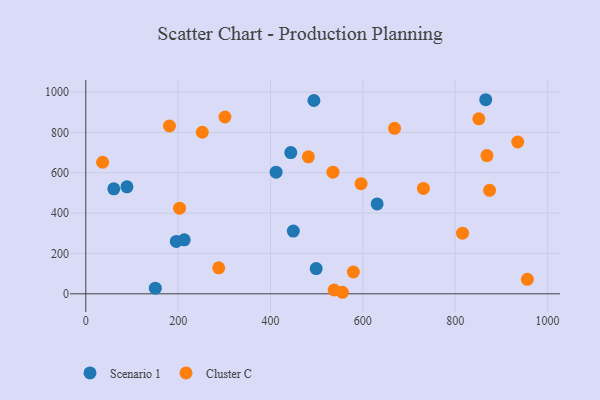
{"axis": {"x": "Study Hours", "y": "Exam Score"}, "legend": ["Cluster C", "Scenario 1"], "data": [{"x": "630.9", "y": 445.1, "type": "Scenario 1"}, {"x": "498.9", "y": 124.8, "type": "Scenario 1"}, {"x": "196.0", "y": 259.5, "type": "Scenario 1"}, {"x": "494.0", "y": 957.8, "type": "Scenario 1"}, {"x": "89.1", "y": 529.9, "type": "Scenario 1"}, {"x": "150.6", "y": 27.7, "type": "Scenario 1"}, {"x": "60.7", "y": 520.0, "type": "Scenario 1"}, {"x": "866.0", "y": 961.6, "type": "Scenario 1"}, {"x": "213.2", "y": 267.6, "type": "Scenario 1"}, {"x": "412.1", "y": 602.6, "type": "Scenario 1"}, {"x": "443.9", "y": 699.6, "type": "Scenario 1"}, {"x": "449.4", "y": 310.9, "type": "Scenario 1"}, {"x": "252.2", "y": 800.5, "type": "Cluster C"}, {"x": "868.7", "y": 685.0, "type": "Cluster C"}, {"x": "956.2", "y": 71.7, "type": "Cluster C"}, {"x": "874.3", "y": 512.9, "type": "Cluster C"}, {"x": "287.9", "y": 128.9, "type": "Cluster C"}, {"x": "537.8", "y": 18.9, "type": "Cluster C"}, {"x": "579.4", "y": 108.1, "type": "Cluster C"}, {"x": "596.1", "y": 545.7, "type": "Cluster C"}, {"x": "935.3", "y": 752.2, "type": "Cluster C"}, {"x": "731.1", "y": 522.0, "type": "Cluster C"}, {"x": "815.8", "y": 300.4, "type": "Cluster C"}, {"x": "181.2", "y": 831.4, "type": "Cluster C"}, {"x": "36.5", "y": 651.7, "type": "Cluster C"}, {"x": "851.1", "y": 867.0, "type": "Cluster C"}, {"x": "203.1", "y": 424.2, "type": "Cluster C"}, {"x": "555.8", "y": 7.6, "type": "Cluster C"}, {"x": "482.0", "y": 678.6, "type": "Cluster C"}, {"x": "668.6", "y": 820.1, "type": "Cluster C"}, {"x": "301.3", "y": 876.0, "type": "Cluster C"}, {"x": "535.2", "y": 602.5, "type": "Cluster C"}]}